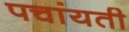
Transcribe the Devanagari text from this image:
पचांयती